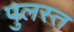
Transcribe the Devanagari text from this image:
पुलस्त